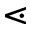
\lessdot